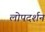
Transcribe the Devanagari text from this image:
लोपदर्शन